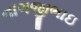
નાગજીભાઇ